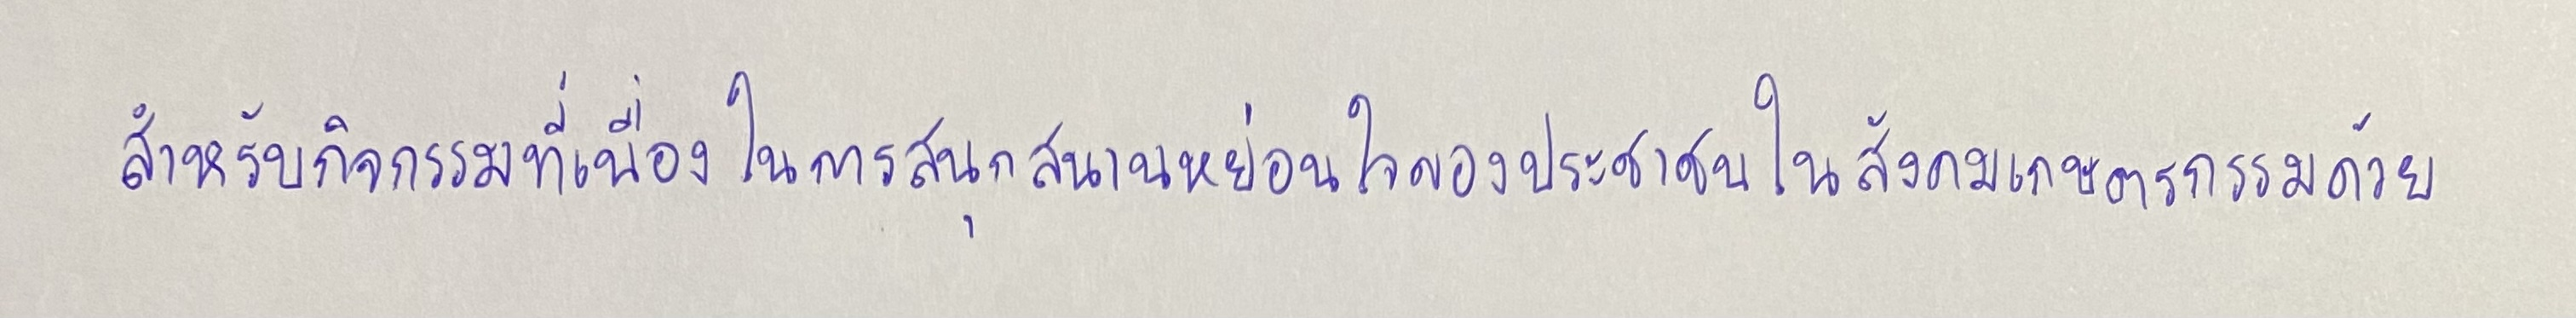
สำหรับกิจกรรมที่เนื่องในการสนุกสนานหย่อนใจของประชาชนในสังคมเกษตรกรรมด้วย